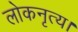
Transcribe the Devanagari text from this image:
लोकनृत्य।